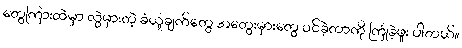
တွေကြားထဲမှာ လွဲမှားတဲ့ ခံယူချက်တွေ အတွေးမှားတွေ ဝင်ခဲ့တာကို ကြုံခဲ့ဖူး ပါတယ်။